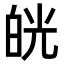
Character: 㿠